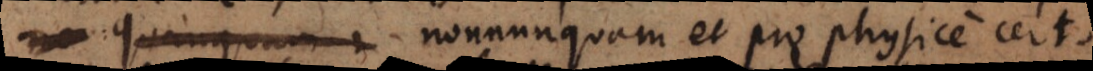
quanquam nonnunquam et pro physice certo